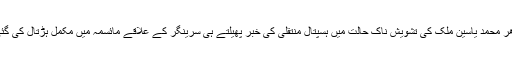
ادھر محمد یاسین ملک کی تشویش ناک حالت میں ہسپتال منتقلی کی خبر پھیلتے ہی سرینگر کے علاقے مائسمہ میں مکمل ہڑتال کی گئی۔